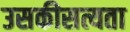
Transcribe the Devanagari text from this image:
उसकीसत्यता